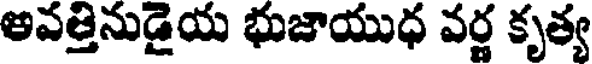
అవత్తినుడైయ భుజాయుధ వర్ణ కృత్య